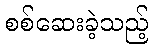
စစ်ဆေးခဲ့သည့်